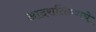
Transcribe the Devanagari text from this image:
आदरातिथ्याचे